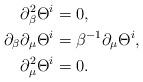
LaTeX: \begin{align*}\partial^2_\beta \Theta^i &= 0,\\\partial_\beta \partial_\mu \Theta^i &= \beta^{-1} \partial_\mu \Theta^i,\\\partial^2_\mu \Theta^i &=0.\end{align*}